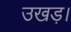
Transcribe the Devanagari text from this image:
उखड़।